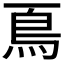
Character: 𩾏